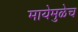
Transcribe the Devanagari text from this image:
मायेमुळेच